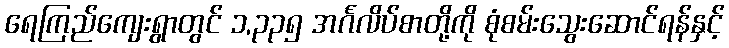
ရေကြည်ကျေးရွာတွင် ၁,၃၃၅ အင်္ဂလိပ်စာတို့ကို စုံစမ်းသွေးဆောင်ရန်နှင့်